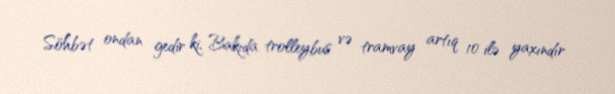
Söhbət ondan gedir ki, Bakıda trolleybus və tramvay artıq 10 ilə yaxındır